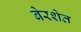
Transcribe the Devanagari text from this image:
बेरशेत